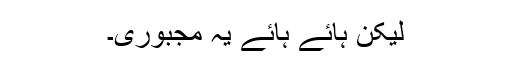
لیکن ہائے ہائے یہ مجبوری۔